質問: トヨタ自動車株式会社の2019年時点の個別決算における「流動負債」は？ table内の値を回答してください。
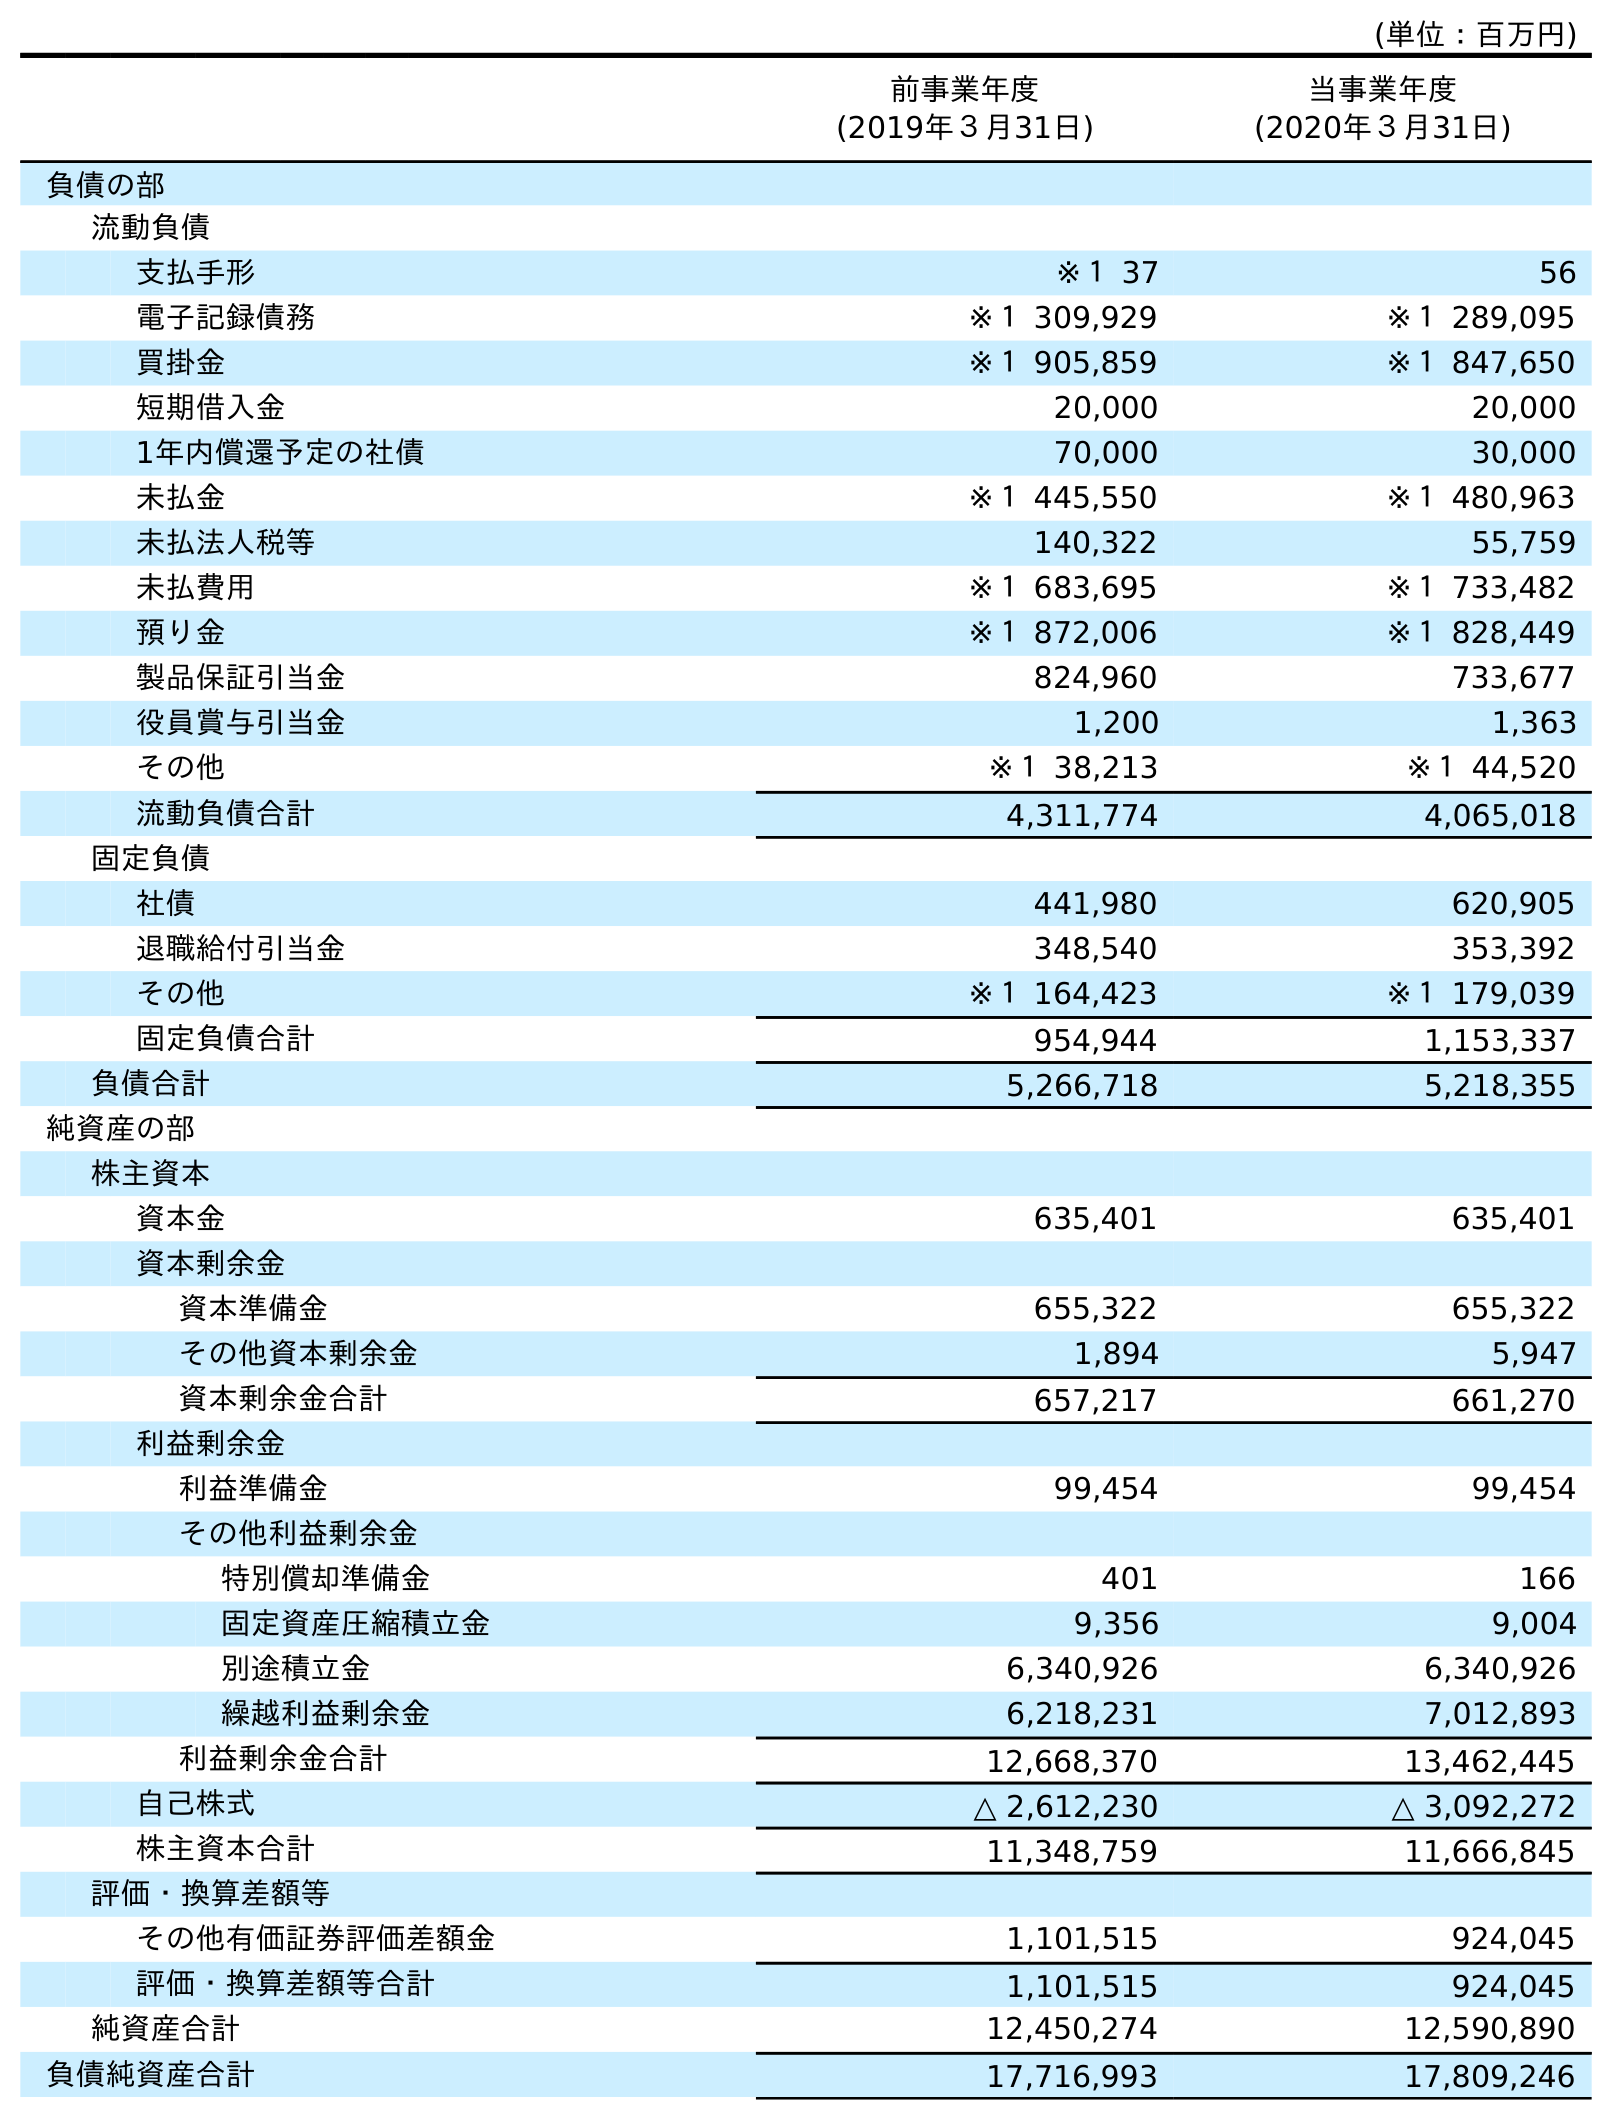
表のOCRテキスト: (単位：百万円) 前事業年度 (2019年３月31日) 当事業年度 (2020年３月31日) 負債の部 流動負債 支払手形 ※１ 37 56 電子記録債務 ※１ 309,929 ※１ 289,095 買掛金 ※１ 905,859 ※１ 847,650 短期借入金 20,000 20,000 1年内償還予定の社債 70,000 30,000 未払金 ※１ 445,550 ※１ 480,963 未払法人税等 140,322 55,759 未払費用 ※１ 683,695 ※１ 733,482 預り金 ※１ 872,006 ※１ 828,449 製品保証引当金 824,960 733,677 役員賞与引当金 1,200 1,363 その他 ※１ 38,213 ※１ 44,520 流動負債合計 4,311,774 4,065,018 固定負債 社債 441,980 620,905 退職給付引当金 348,540 353,392 その他 ※１ 164,423 ※１ 179,039 固定負債合計 954,944 1,153,337 負債合計 5,266,718 5,218,355 純資産の部 株主資本 資本金 635,401 635,401 資本剰余金 資本準備金 655,322 655,322 その他資本剰余金 1,894 5,947 資本剰余金合計 657,217 661,270 利益剰余金 利益準備金 99,454 99,454 その他利益剰余金 特別償却準備金 401 166 固定資産圧縮積立金 9,356 9,004 別途積立金 6,340,926 6,340,926 繰越利益剰余金 6,218,231 7,012,893 利益剰余金合計 12,668,370 13,462,445 自己株式 △ 2,612,230 △ 3,092,272 株主資本合計 11,348,759 11,666,845 評価・換算差額等 その他有価証券評価差額金 1,101,515 924,045 評価・換算差額等合計 1,101,515 924,045 純資産合計 12,450,274 12,590,890 負債純資産合計 17,716,993 17,809,246
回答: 4,311,774